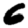
Digit: 6